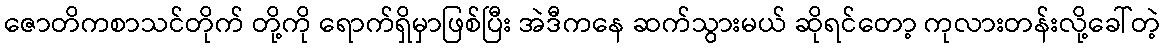
ဇောတိကစာသင်တိုက် တို့ကို ရောက်ရှိမှာဖြစ်ပြီး အဲဒီကနေ ဆက်သွားမယ် ဆိုရင်တော့ ကုလားတန်းလို့ခေါ်တဲ့